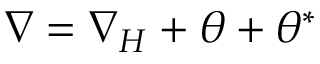
\nabla = \nabla _ { H } + \theta + \theta ^ { * }